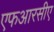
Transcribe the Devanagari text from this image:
एफआरसीए